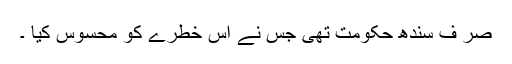
صر ف سندھ حکومت تھی جس نے اس خطرے کو محسوس کیا ۔